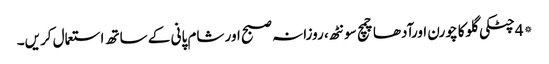
*4چٹکی گلوکا چورن اورآدھاچمچ سونٹھ، روزانہ صبح اور شام پانی کے ساتھ استعمال کریں۔